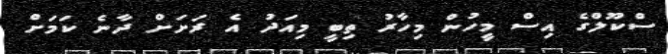
ސްކޫލްގެ އިސް މީހުން މިހާރު ތިބީ މިއަދު އެ ރަށަށް ދާނެ ކަމަށް